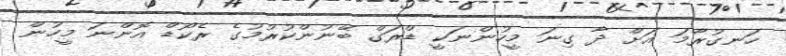
ހަނގުރާމަ އަށް ދާ ގިނަ މީހުންނަކީ ޑްރަގް ބޭނުންކުުރުމުގެ ރެކޯޑް އޮންނަ މީހުން